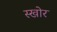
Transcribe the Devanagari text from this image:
स्खोर